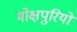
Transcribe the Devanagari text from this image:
मोक्षपुरियों